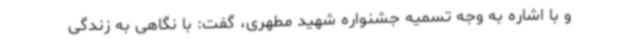
و با اشاره به وجه تسمیه جشنواره شهید مطهری، گفت: با نگاهی به زندگی